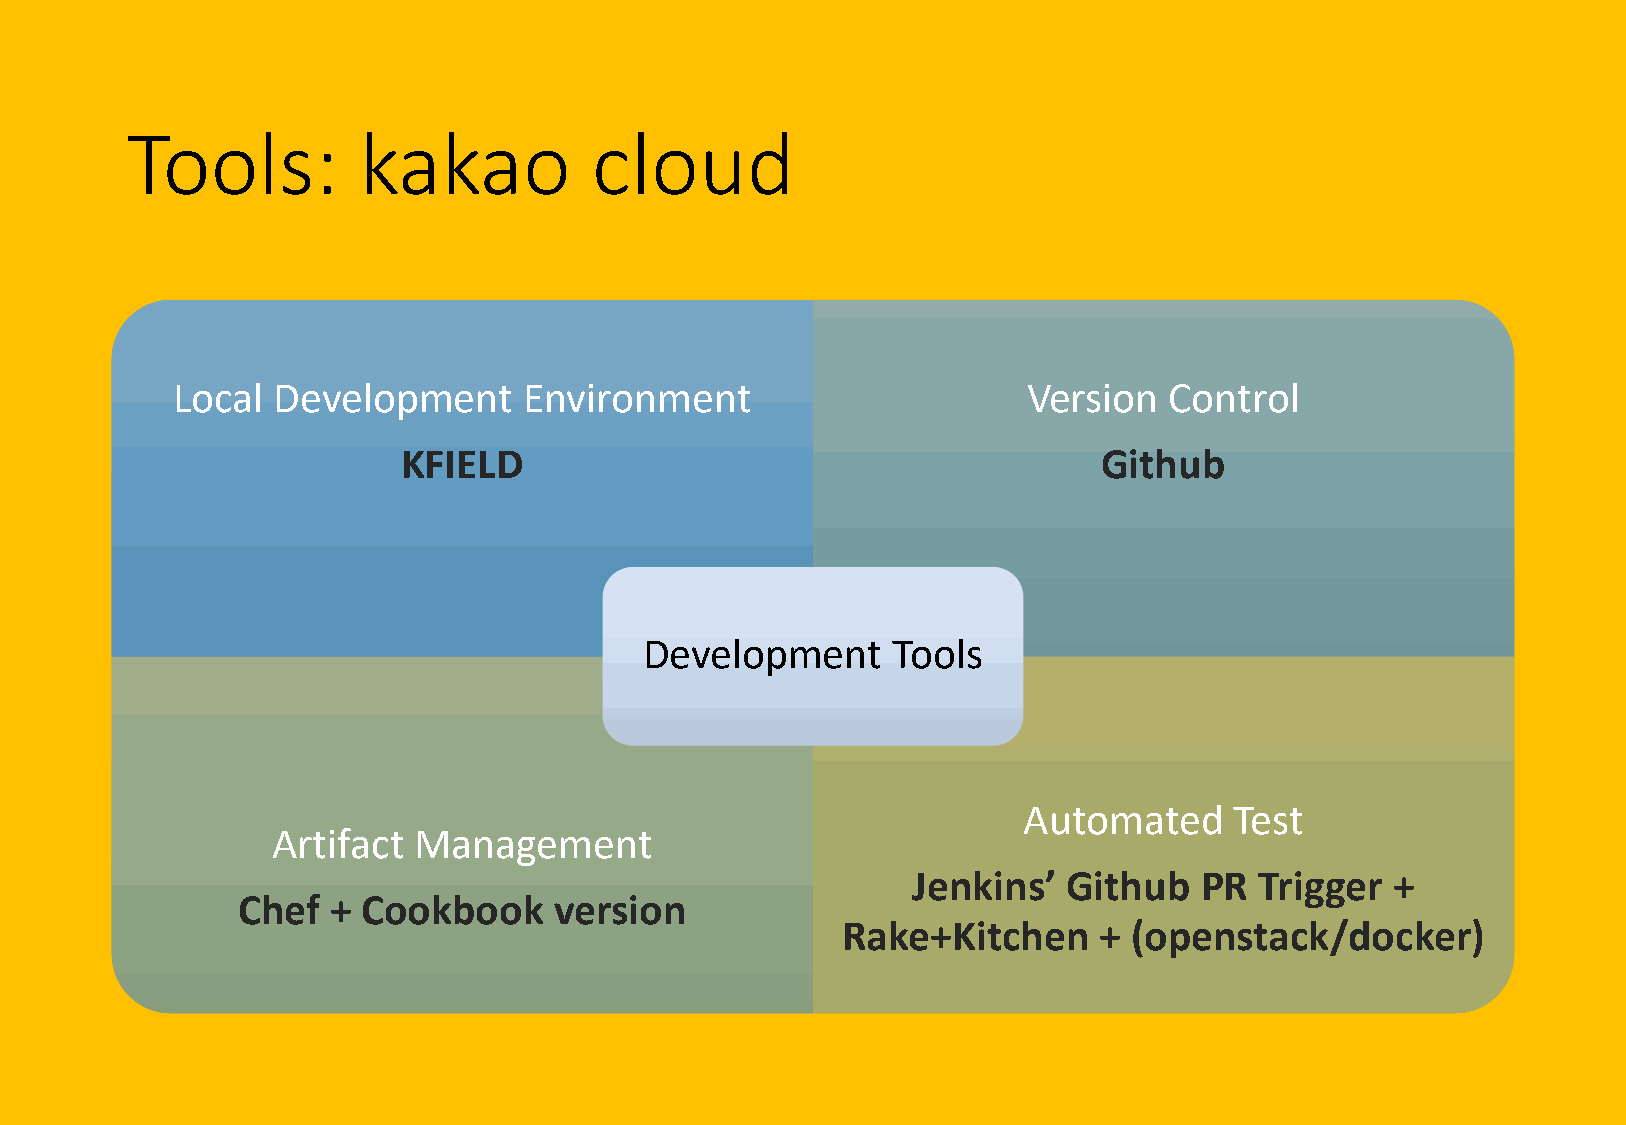
Tools:          kakao          cloud
 Local  Development      Environment                      Version  Control
 KFIELD                                        Github
 Development     Tools
 Automated     Test
 Artifact Management
 Jenkins’   Github  PR  Trigger  +
 Chef  + Cookbook     version
 Rake+Kitchen     + (openstack/docker)